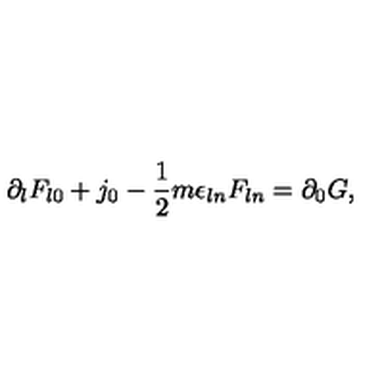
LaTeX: \partial _ { l } F _ { l 0 } + j _ { 0 } - \frac { 1 } { 2 } m \epsilon _ { l n } F _ { l n } = \partial _ { 0 } G ,